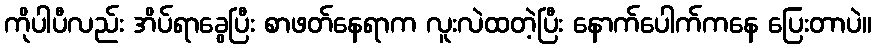
ကိုပါပီလည်း အိပ်ရာခွေပြီး စာဖတ်နေရာက လူးလဲထတဲ့ပြီး နောက်ပေါက်ကနေ ပြေးတာပဲ။